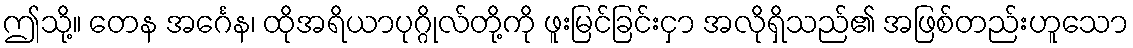
ဤသို့။ တေန အင်္ဂေန၊ ထိုအရိယာပုဂ္ဂိုလ်တို့ကို ဖူးမြင်ခြင်းငှာ အလိုရှိသည်၏ အဖြစ်တည်းဟူသော